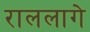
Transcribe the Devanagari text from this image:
राललागे